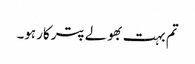
تم بہت بھولے پترکار ہو۔